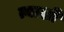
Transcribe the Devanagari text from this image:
त्याशीं